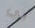
لي